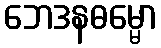
ဘေဒနဓမ္မော